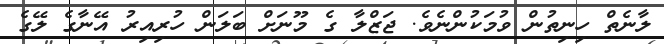
ލާނެތް ހިނިތުން ވުމަކުންނެވެ. ޖަޒްލާ ގެ މޫނަށް ބަލަން ހުރިއިރު އޭނާގެ ލޭގެ